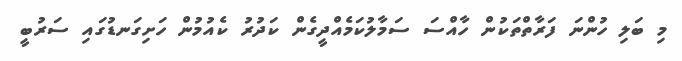
މި ބަލި ހުންނަ ފަރާތްތަކުން ހާއްސަ ސަމާލުކަމެއްދީގެން ކަދުރު ކެއުމުން ހަށިގަނޑުގައި ސަރުބީ